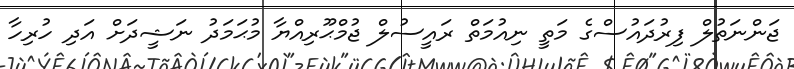
ޖަންނަތުލް ފިރުދައުސްގެ މަތީ ނިއުމަތް ރައީސުލް ޖުމްޙޫރިއްޔާ މުޙަމަދު ނަޝީދަށް އަދި ހުރިހާ